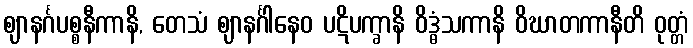
ဈာနင်္ဂပစ္စနီကာနိ, တေသံ ဈာနင်္ဂါနေဝ ပဋိပက္ခာနိ ဝိဒ္ဓံသကာနိ ဝိဃာတကာနီတိ ဝုတ္တံ